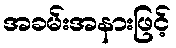
အခမ်းအနားဖြင့်